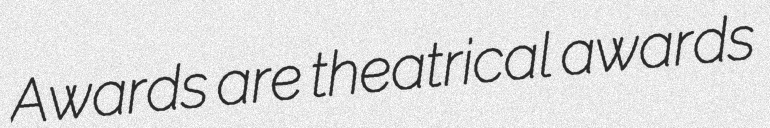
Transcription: Awards are theatrical awards